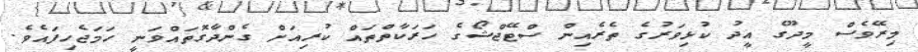
މިރޭވެސް މީދޫގެ އީދު ކުޅިވަރުގެ ތެރެއިން ސްޓޭޖްޝޯގެ ހަރަކާތްތައް ކުރިއަށް ގެންދާގޮތައްވަނީ ހަމަޖެހިފައެވެ.